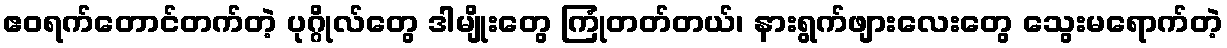
ဧဝရက်တောင်တက်တဲ့ ပုဂ္ဂိုလ်တွေ ဒါမျိုးတွေ ကြုံတတ်တယ်၊ နားရွက်ဖျားလေးတွေ သွေးမရောက်တဲ့